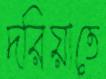
দরিয়াতে